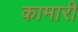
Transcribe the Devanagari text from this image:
कामारी